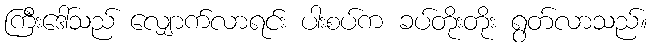
ကြီးဒေါ်သည် လျှောက်လာရင်း ပါးစပ်က ခပ်တိုးတိုး ရွတ်လာသည်။